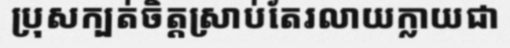
ប្រុសក្បត់ចិត្តស្រាប់តែរលាយក្លាយជា